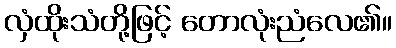
လှံထိုးသံတို့ဖြင့် တောလုံးညံလေ၏။